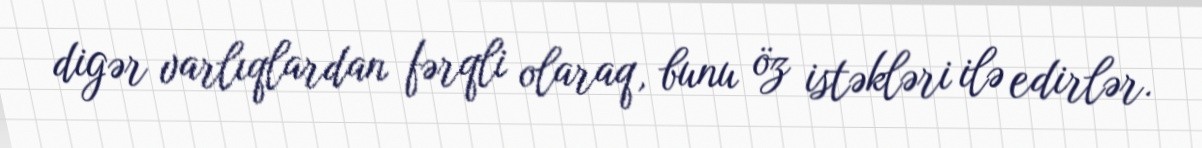
digər varlıqlardan fərqli olaraq, bunu öz istəkləri ilə edirlər.